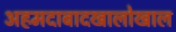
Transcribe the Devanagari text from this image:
अहमदाबादखालोखाल